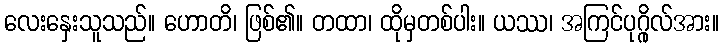
လေးနှေးသူသည်။ ဟောတိ၊ ဖြစ်၏။ တထာ၊ ထိုမှတစ်ပါး။ ယဿ၊ အကြင်ပုဂ္ဂိုလ်အား။